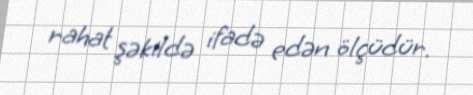
rahat şəkildə ifadə edən ölçüdür.